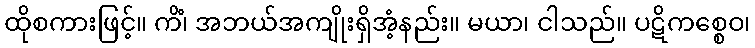
ထိုစကားဖြင့်။ ကိံ၊ အဘယ်အကျိုးရှိအံ့နည်း။ မယာ၊ ငါသည်။ ပဋိကစ္စေဝ၊